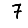
Digit: 7